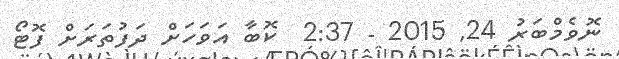
ނޮވެމްބަރު 24